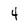
Character: 4